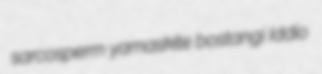
sarcosperm yamaskite bostangi Iddio